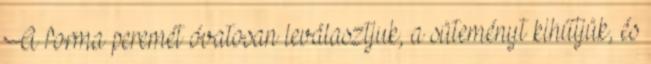
A forma peremét óvatosan leválasztjuk, a süteményt kihűtjük, és